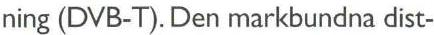
ning (DVB-T). Den markbundna dist-